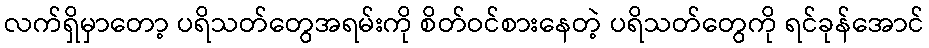
လက်ရှိမှာတော့ ပရိသတ်တွေအရမ်းကို စိတ်ဝင်စားနေတဲ့ ပရိသတ်တွေကို ရင်ခုန်အောင်